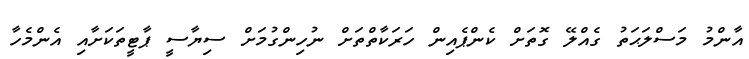
އާންމު މަސްލަޙަތު ގެއްލޭ ގޮތަށް ކެންޕެއިން ހަރަކާތްތަށް ނުހިންގުމަށް ސިޔާސީ ޕާޓީތަކަށާއި އެންމެހާ